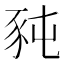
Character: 豘